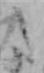
た